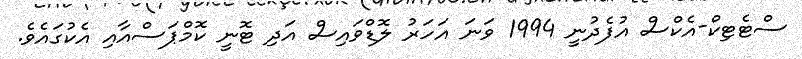
ސްޓެޓިކް-އެކްސް އުފެދުނީ 1994 ވަނަ އަހަރު ލޮޑްވައިސް އަދި ޓޮނީ ކޮމްޕަސްއާއި އެކުގައެވެ.